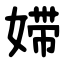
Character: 㛿